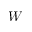
W